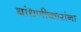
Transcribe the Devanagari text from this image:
बांधणीकारांना